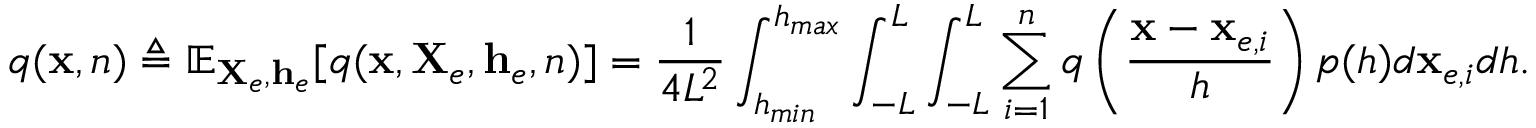
q ( \mathbf { x } , n ) \triangleq \mathbb { E } _ { \mathbf { X } _ { e } , \mathbf { h } _ { e } } [ q ( \mathbf { x } , \mathbf { X } _ { e } , \mathbf { h } _ { e } , n ) ] = \frac { 1 } { 4 L ^ { 2 } } \int _ { h _ { m i n } } ^ { h _ { m a x } } \int _ { - L } ^ { L } \int _ { - L } ^ { L } \sum _ { i = 1 } ^ { n } q \left( \frac { \mathbf { x } - \mathbf { x } _ { e , i } } { h } \right) p ( h ) d \mathbf { x } _ { e , i } d h .